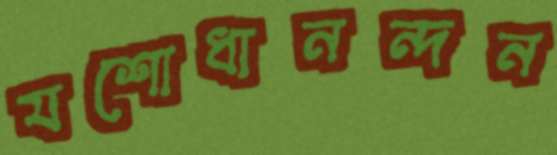
যশোধানন্দন